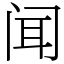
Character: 闻